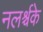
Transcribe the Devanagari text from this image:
नलर्श्चके